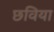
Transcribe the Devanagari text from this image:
छविया